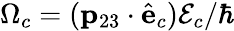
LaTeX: \Omega_{c}=(\mathbf{p}_{23}\cdot{\hat{\mathbf{e}}}_{c}){\cal E}_{c}/\hbar